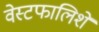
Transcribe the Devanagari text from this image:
वेस्टफालिशे